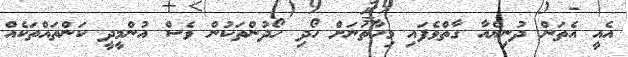
އެއީ އެތަން ދުނިޔެއާ ގާތްވެފައި މިހާތަނަށް ހޯދި ހޯދުންތަކުން ވެސް އުންމީދީ ކަންތައްތަކެއް